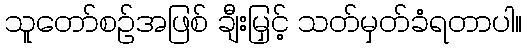
သူတော်စဉ်အဖြစ် ချီးမြှင့် သတ်မှတ်ခံရတာပါ။